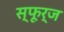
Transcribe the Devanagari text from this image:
स्फूर्ज